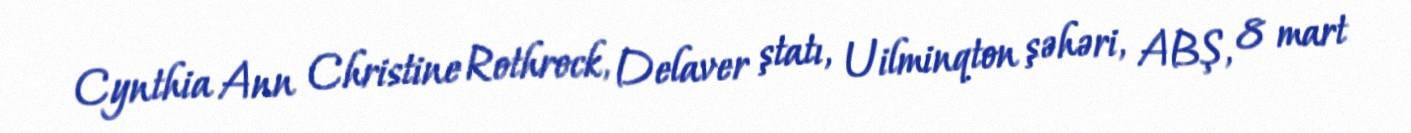
Cynthia Ann Christine Rothrock, Delaver ştatı, Uilminqton şəhəri, ABŞ, 8 mart